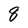
Character: 8